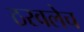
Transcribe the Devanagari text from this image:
ठरवलेच